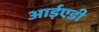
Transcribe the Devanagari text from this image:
आईएडी